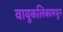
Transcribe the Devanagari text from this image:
वायुकलिकामधून